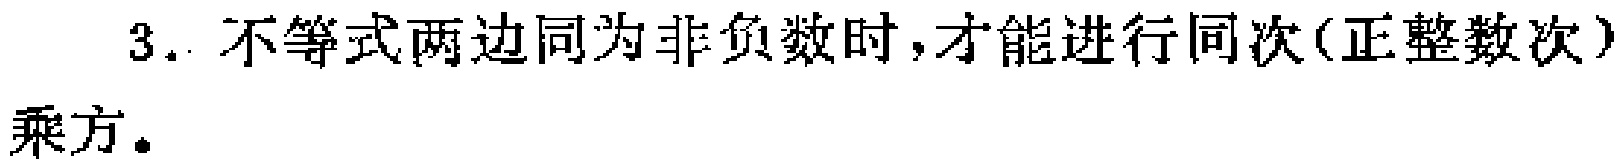
3. 不等式两边同为非负数时,才能进行同次(正整数次)乘方。